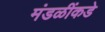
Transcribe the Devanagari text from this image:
मंडळींकडे